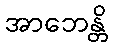
အာဘေန္တိ